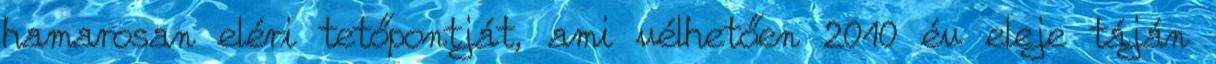
hamarosan eléri tetőpontját, ami vélhetően 2010 év eleje táján